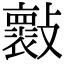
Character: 𣀤